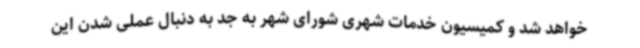
خواهد شد و کمیسیون خدمات شهری شورای شهر به جد به دنبال عملی شدن این